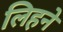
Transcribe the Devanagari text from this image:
लिहने